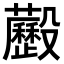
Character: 𣫧